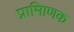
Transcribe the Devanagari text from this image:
प्रामािणक